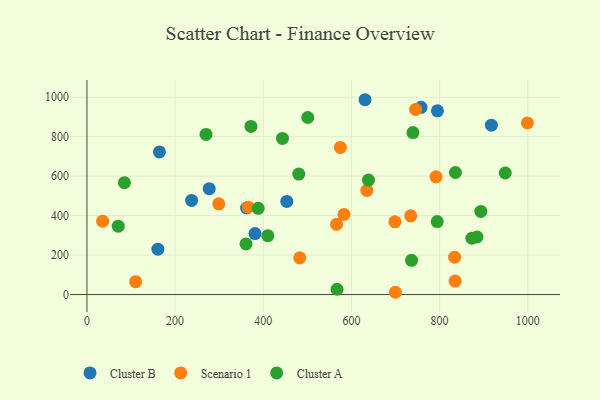
{"axis": {"x": "Price", "y": "Yield"}, "legend": ["Cluster A", "Cluster B", "Scenario 1"], "data": [{"x": "161.0", "y": 230.1, "type": "Cluster B"}, {"x": "917.5", "y": 858.2, "type": "Cluster B"}, {"x": "237.5", "y": 476.9, "type": "Cluster B"}, {"x": "453.4", "y": 472.0, "type": "Cluster B"}, {"x": "164.5", "y": 722.5, "type": "Cluster B"}, {"x": "795.2", "y": 930.8, "type": "Cluster B"}, {"x": "362.2", "y": 438.5, "type": "Cluster B"}, {"x": "758.0", "y": 948.7, "type": "Cluster B"}, {"x": "381.2", "y": 308.9, "type": "Cluster B"}, {"x": "630.9", "y": 987.0, "type": "Cluster B"}, {"x": "277.4", "y": 536.6, "type": "Cluster B"}, {"x": "583.1", "y": 406.2, "type": "Scenario 1"}, {"x": "635.0", "y": 527.5, "type": "Scenario 1"}, {"x": "299.1", "y": 459.7, "type": "Scenario 1"}, {"x": "575.0", "y": 745.6, "type": "Scenario 1"}, {"x": "834.2", "y": 189.5, "type": "Scenario 1"}, {"x": "734.6", "y": 398.8, "type": "Scenario 1"}, {"x": "35.6", "y": 371.9, "type": "Scenario 1"}, {"x": "698.7", "y": 368.5, "type": "Scenario 1"}, {"x": "999.2", "y": 869.4, "type": "Scenario 1"}, {"x": "791.9", "y": 596.3, "type": "Scenario 1"}, {"x": "566.2", "y": 355.7, "type": "Scenario 1"}, {"x": "482.8", "y": 186.2, "type": "Scenario 1"}, {"x": "365.8", "y": 442.6, "type": "Scenario 1"}, {"x": "699.8", "y": 11.6, "type": "Scenario 1"}, {"x": "835.3", "y": 68.5, "type": "Scenario 1"}, {"x": "745.5", "y": 938.0, "type": "Scenario 1"}, {"x": "110.5", "y": 65.3, "type": "Scenario 1"}, {"x": "443.6", "y": 791.2, "type": "Cluster A"}, {"x": "360.9", "y": 256.5, "type": "Cluster A"}, {"x": "372.1", "y": 851.8, "type": "Cluster A"}, {"x": "949.0", "y": 615.7, "type": "Cluster A"}, {"x": "794.6", "y": 369.8, "type": "Cluster A"}, {"x": "410.3", "y": 298.2, "type": "Cluster A"}, {"x": "739.6", "y": 820.8, "type": "Cluster A"}, {"x": "567.4", "y": 27.0, "type": "Cluster A"}, {"x": "873.2", "y": 285.2, "type": "Cluster A"}, {"x": "836.0", "y": 618.3, "type": "Cluster A"}, {"x": "501.0", "y": 897.0, "type": "Cluster A"}, {"x": "71.0", "y": 346.3, "type": "Cluster A"}, {"x": "893.6", "y": 421.3, "type": "Cluster A"}, {"x": "270.2", "y": 811.4, "type": "Cluster A"}, {"x": "85.0", "y": 566.9, "type": "Cluster A"}, {"x": "388.5", "y": 436.8, "type": "Cluster A"}, {"x": "638.7", "y": 579.8, "type": "Cluster A"}, {"x": "884.9", "y": 291.5, "type": "Cluster A"}, {"x": "480.6", "y": 610.2, "type": "Cluster A"}, {"x": "736.4", "y": 173.6, "type": "Cluster A"}]}